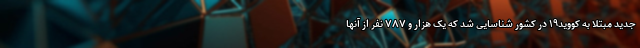
جدید مبتلا به کووید۱۹ در کشور شناسایی شد که یک هزار و ۷۸۷ نفر از آنها